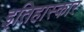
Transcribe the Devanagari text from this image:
इतिहास्कार